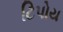
ટિપોય